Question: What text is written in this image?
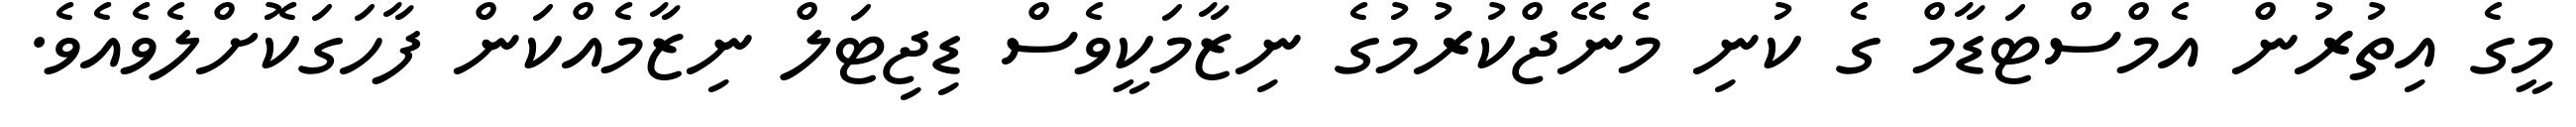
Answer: މީގެ އިތުރުން އެމްސްޓަޑާމް ގެ ކުނި މެނޭޖްކުރުމުގެ ނިޒާމަކީވެސް ޑިޖިޓަލް ނިޒާމެއްކަން ފާހަގަކޮށްލެވެއެވެ.